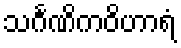
သင်္ဂဏိကဝိဟာရံ